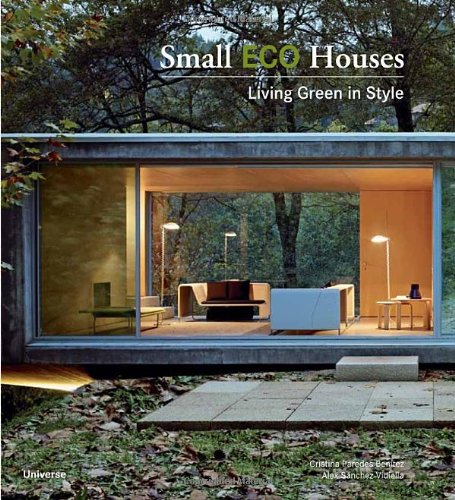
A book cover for Small Eco Houses: Living Green in Style; Cristina Paredes Benitez; Arts & Photography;